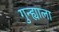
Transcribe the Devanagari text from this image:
गुन्ह्याला